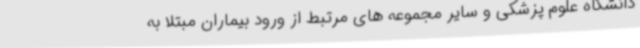
دانشگاه علوم پزشکی و سایر مجموعه های مرتبط از ورود بیماران مبتلا به